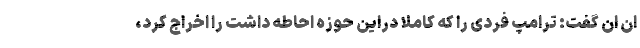
ان ان گفت: ترامپ فردی را که کاملا دراین حوزه احاطه داشت را اخراج کرد،